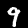
Label: 9